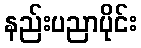
နည်းပညာပိုင်း